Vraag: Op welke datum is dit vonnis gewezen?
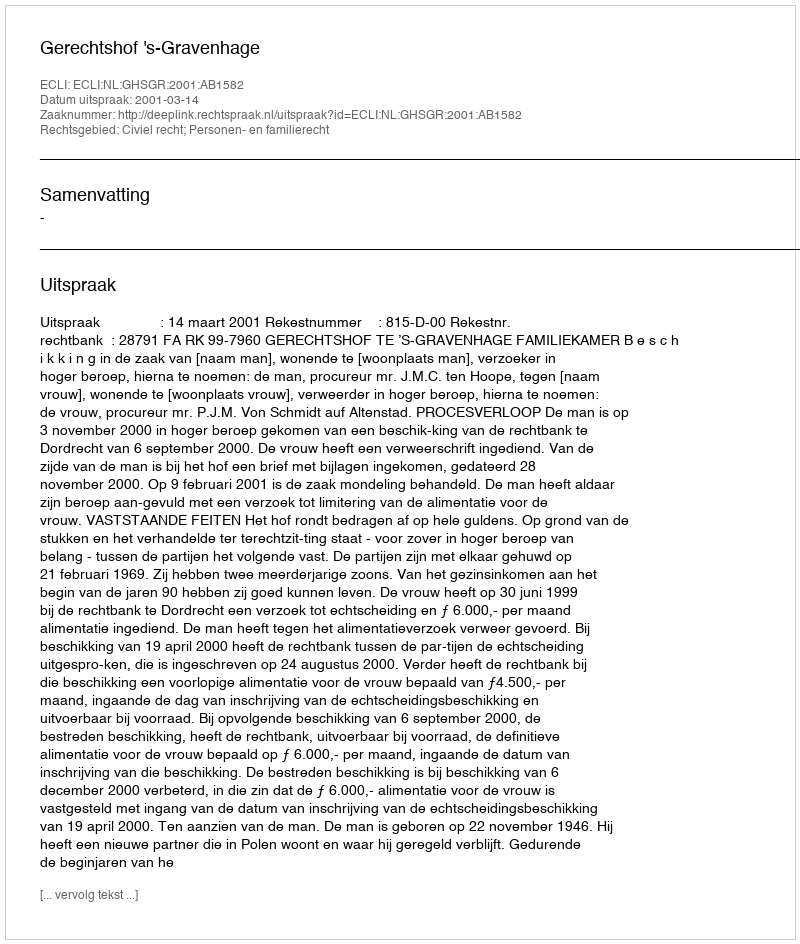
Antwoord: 2001-03-14